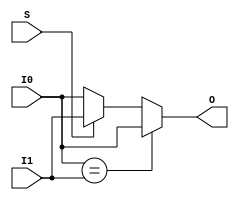
// $Header: /devl/xcs/repo/env/Databases/CAEInterfaces/verunilibs/data/unisims/MUXF5.v,v 1.8.158.2 2007/03/09 18:13:10 patrickp Exp $
///////////////////////////////////////////////////////////////////////////////
// Copyright (c) 1995/2004 Xilinx, Inc.
// All Right Reserved.
///////////////////////////////////////////////////////////////////////////////
//   ____  ____
//  /   /\/   /
// /___/  \  /    Vendor : Xilinx
// \   \   \/     Version : 9.1i (J.33)
//  \   \         Description : Xilinx Functional Simulation Library Component
//  /   /                  2-to-1 Lookup Table Multiplexer with General Output
// /___/   /\     Filename : MUXF5.v
// \   \  /  \    Timestamp : Thu Mar 25 16:42:55 PST 2004
//  \___\/\___\
//
// Revision:
//    03/23/04 - Initial version.
//    02/04/05 - Rev 0.0.1 Remove input/output bufs; Remove unnessasary begin/end;
//    02/10/07 - When input same, output same for any sel value. (CR433761).
// End Revision

`timescale  100 ps / 10 ps

module MUXF5 (O, I0, I1, S);

    output O;
    reg    O;

    input  I0, I1, S;

	always @(I0 or I1 or S)
            if (I0 == I1)
               O = I0;
	    else if (S)
		O = I1;
	    else
		O = I0;
endmodule